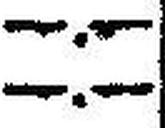
—.—